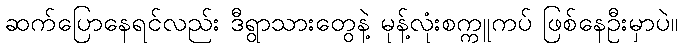
ဆက်ပြောနေရင်လည်း ဒီရွာသားတွေနဲ့ မုန့်လုံးစက္ကူကပ် ဖြစ်နေဦးမှာပဲ။